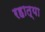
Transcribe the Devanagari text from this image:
रहात्या